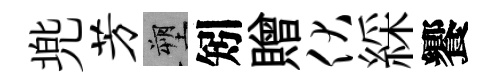
兠芳塑矧贈伏綵饗